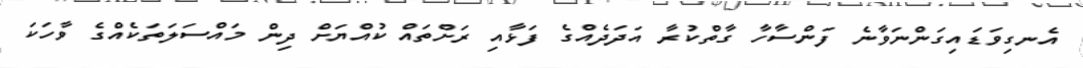
އެނގިވަޑައިގަންނަވާނެ ފަންސާހާ ގާތްކުރާ އަދަދެއްގެ ފަޅާއި ރަށްތައް ކުއްޔަށް ދިން މައްސަލަތަކެއްގެ ވާހަކަ